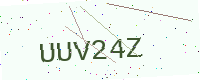
Text: UUV24Z